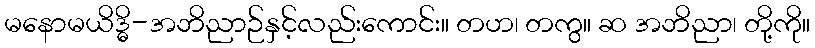
မနောမယိဒ္ဓိ-အဘိညာဉ်နှင့်လည်းကောင်း။ တဟ၊ တကွ။ ဆ အဘိညာ၊ တို့ကို။